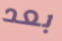
بعد